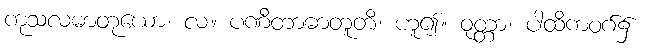
ကုသလဓာတုယော၊ လ။ ပဏီတာဓာတူတိ၊ ဟူ၍။ ဝုတ္တာ၊ ပါထိကဝဂ်၌